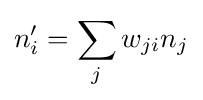
n'_{i}=\sum _{j}w_{ji}n_{j}